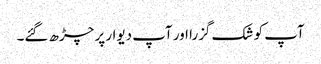
آپ کو شک گزرا اور آپ دیوار پر چڑھ گئے۔